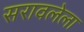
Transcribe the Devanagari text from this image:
सरावलेला